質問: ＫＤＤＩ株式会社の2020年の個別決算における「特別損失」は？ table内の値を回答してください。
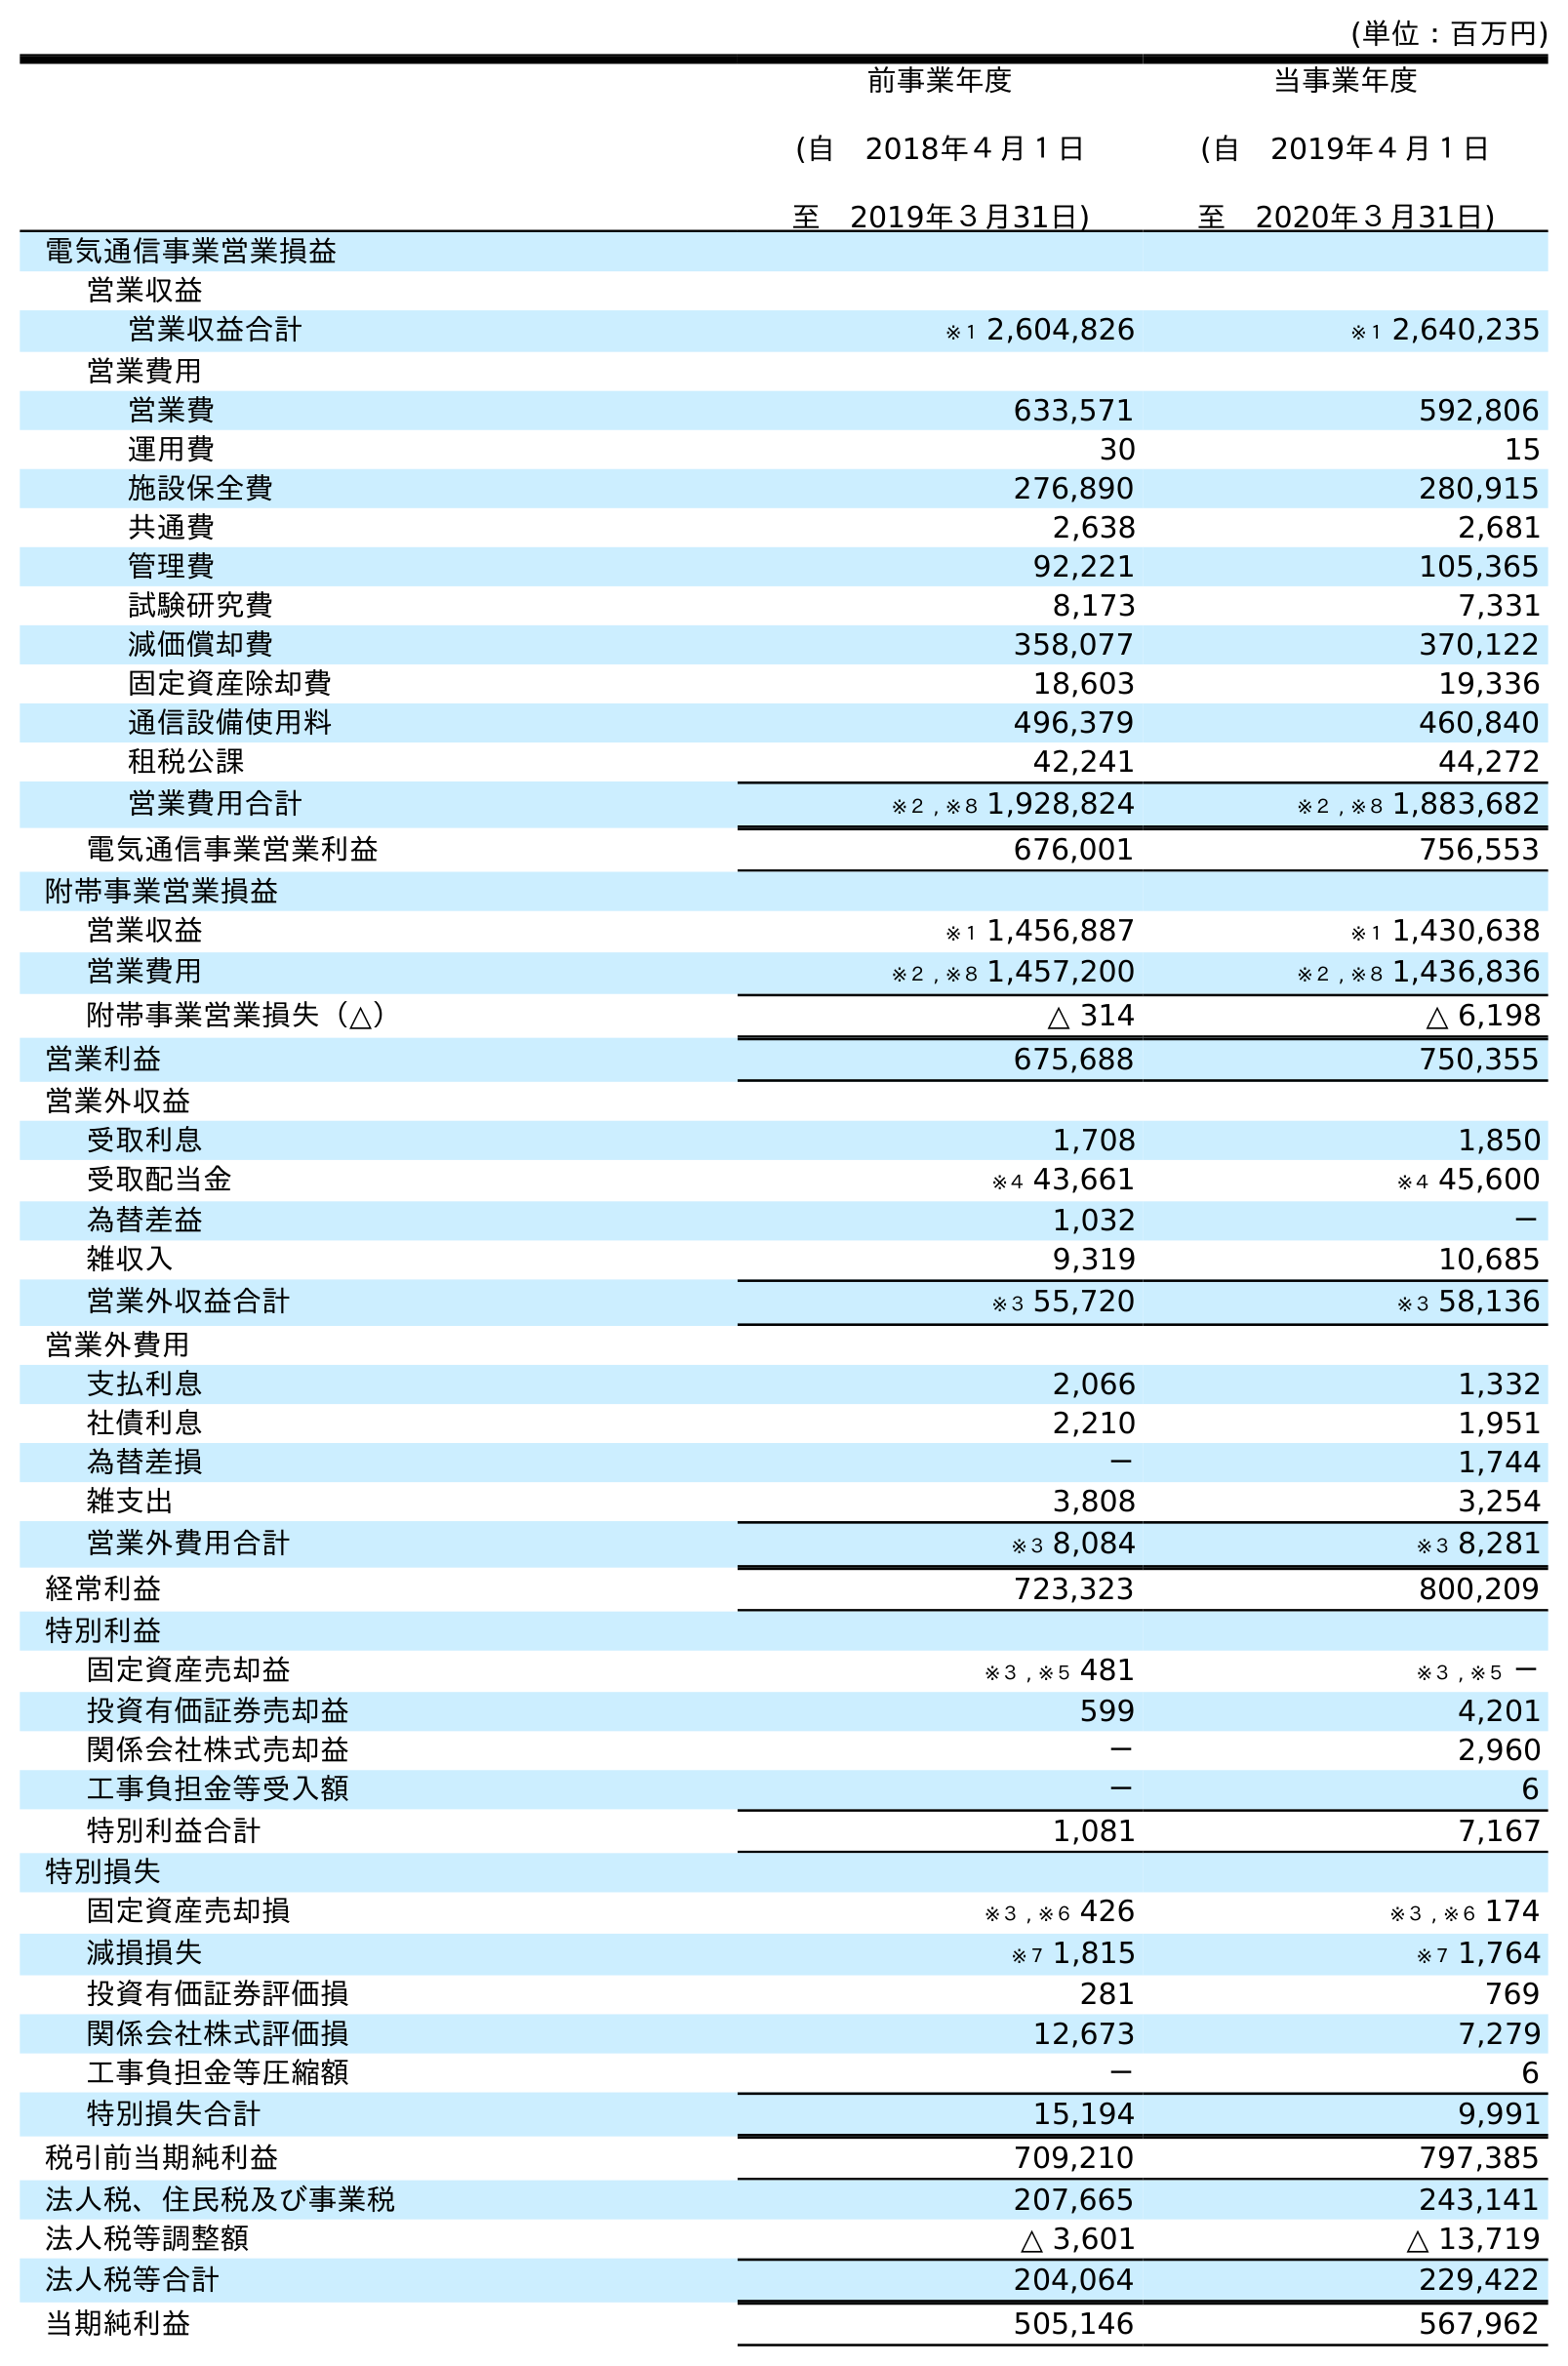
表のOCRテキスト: (単位：百万円) 前事業年度 (自 2018年４月１日 至 2019年３月31日) 当事業年度 (自 2019年４月１日 至 2020年３月31日) 電気通信事業営業損益 営業収益 営業収益合計 ※１ 2,604,826 ※１ 2,640,235 営業費用 営業費 633,571 592,806 運用費 30 15 施設保全費 276,890 280,915 共通費 2,638 2,681 管理費 92,221 105,365 試験研究費 8,173 7,331 減価償却費 358,077 370,122 固定資産除却費 18,603 19,336 通信設備使用料 496,379 460,840 租税公課 42,241 44,272 営業費用合計 ※２ , ※８ 1,928,824 ※２ , ※８ 1,883,682 電気通信事業営業利益 676,001 756,553 附帯事業営業損益 営業収益 ※１ 1,456,887 ※１ 1,430,638 営業費用 ※２ , ※８ 1,457,200 ※２ , ※８ 1,436,836 附帯事業営業損失（△） △ 314 △ 6,198 営業利益 675,688 750,355 営業外収益 受取利息 1,708 1,850 受取配当金 ※４ 43,661 ※４ 45,600 為替差益 1,032 － 雑収入 9,319 10,685 営業外収益合計 ※３ 55,720 ※３ 58,136 営業外費用 支払利息 2,066 1,332 社債利息 2,210 1,951 為替差損 － 1,744 雑支出 3,808 3,254 営業外費用合計 ※３ 8,084 ※３ 8,281 経常利益 723,323 800,209 特別利益 固定資産売却益 ※３ , ※５ 481 ※３ , ※５ － 投資有価証券売却益 599 4,201 関係会社株式売却益 － 2,960 工事負担金等受入額 － 6 特別利益合計 1,081 7,167 特別損失 固定資産売却損 ※３ , ※６ 426 ※３ , ※６ 174 減損損失 ※７ 1,815 ※７ 1,764 投資有価証券評価損 281 769 関係会社株式評価損 12,673 7,279 工事負担金等圧縮額 － 6 特別損失合計 15,194 9,991 税引前当期純利益 709,210 797,385 法人税、住民税及び事業税 207,665 243,141 法人税等調整額 △ 3,601 △ 13,719 法人税等合計 204,064 229,422 当期純利益 505,146 567,962
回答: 9,991